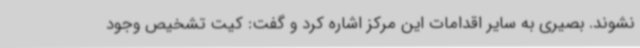
نشوند. بصیری به سایر اقدامات این مرکز اشاره کرد و گفت: کیت تشخیص وجود